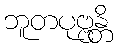
ဘူတပုဗ္ဗန္တိ